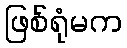
ဖြစ်ရုံမက